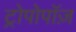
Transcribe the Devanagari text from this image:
ट्रोपोपॉज़